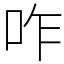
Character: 咋